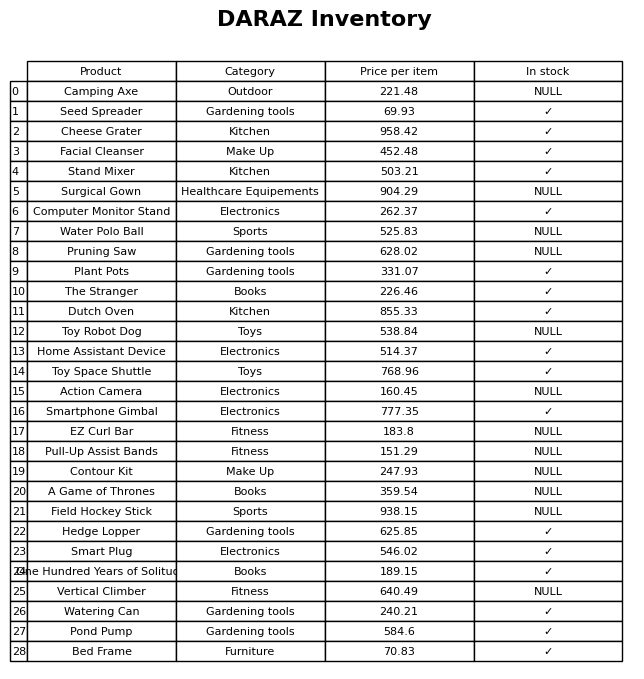
question: What is the price of the Field Hockey Stick?
answer: The price of Field Hockey Stick is 938.15.